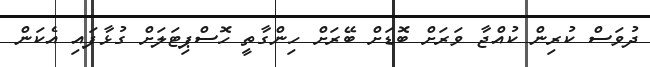
ދުވަސް ކުރިން ކުއްޖާ ވަރަށް ބޮޑަށް ބޭރަށް ހިންގާތީ ހޮސްޕިޓަލަށް ގުޅާފައި އެކަން